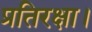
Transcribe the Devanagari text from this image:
प्रतिरक्षा।